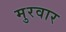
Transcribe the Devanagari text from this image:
मुरवार